Civil Veterinary Department Bihar & Orissa reports 1922-29 - 1922-1929
Year: 1922
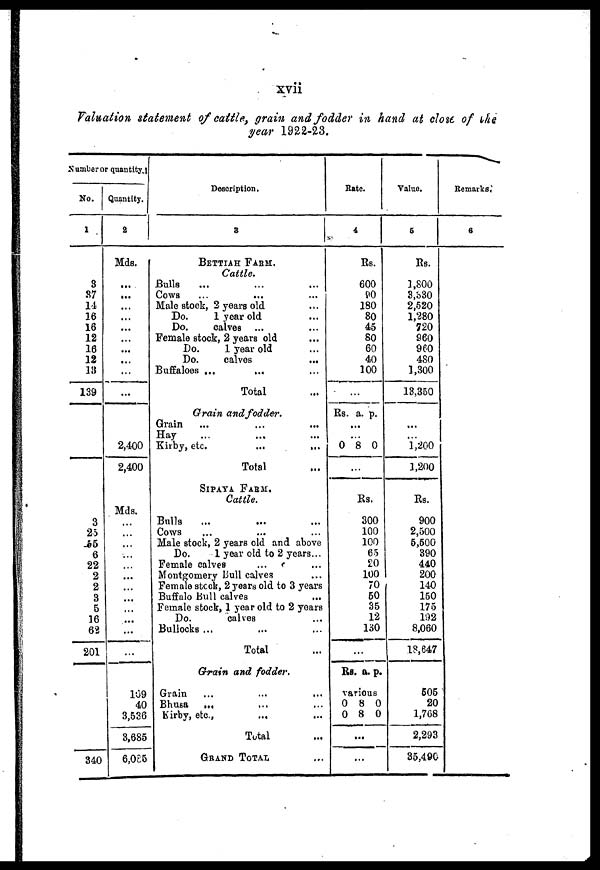
xvii
Valuation statement of cattle grain and fodder in hand at close of ths
year 1922-23.
Number or quantity.
No.
1
3
37
14
16
16
12
16
12
13
139
3
25
65
6
22
2
2
3
5
16
62
201
340
Quantity.
2
Mds.
...
...
...
...
...
...
...
...
...
...
2,400
2,400
Mds.
...
...
...
...
...
...
...
...
...
...
...
...
109
40
3,536
3,685
6,085
Description.
3
BETTIAH FARM.
Cattle.
Bulls ... ... ...
Cows ... ... ...
Male stock, 2 years old ...
Do.
1 year old ...
Do.
calves ...
Female stock, 2 years old ...
Do.
1 year old ...
Do.
calves ...
Buffaloes ... ... ...
Total ...
Grain and fodder.
Grain ... ... ...
Hay ... ... ...
Kirby, etc.
...
...
Total
SIPAYA FARM.
Cattle.
Bulls
Cows
Male stock, 2 years old and above
Do.
1 year old to 2 years...
Female calves
Montgomery Bull calves
Female stock, 2 years old to 3 years
Buffalo Bull calves
Female stock, 1 year old to 2 years
Do.
calves
Bullocks ...
Total
Grain and fodder.
Grain
...
...
...
Bhusa
...
...
...
Kirby, etc., ... ...
Total ...
GRAND TOTAL ...
Rate.
4
Rs.
600
90
180
80
45
80 60
40
100
...
Rs. a. p.
...
...
0 8 0
...
Rs.
300
100
100
65
20
100
70
50
35
12
130
...
Rs. a. p.
various
0 8 0
0 8 0
...
...
Value.
6
Rs.
1,800
3,330
2,520
1,280
720
860
960
480
1,300
13,350
Remarks,
6
... ...
1,200
1,200
Rs.
900
2,500
5,500
390
440
200
140
150
175
192
8,060
18,647
505
20
1,768
2,293
35,490